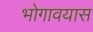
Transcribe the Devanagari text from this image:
भोगावयास